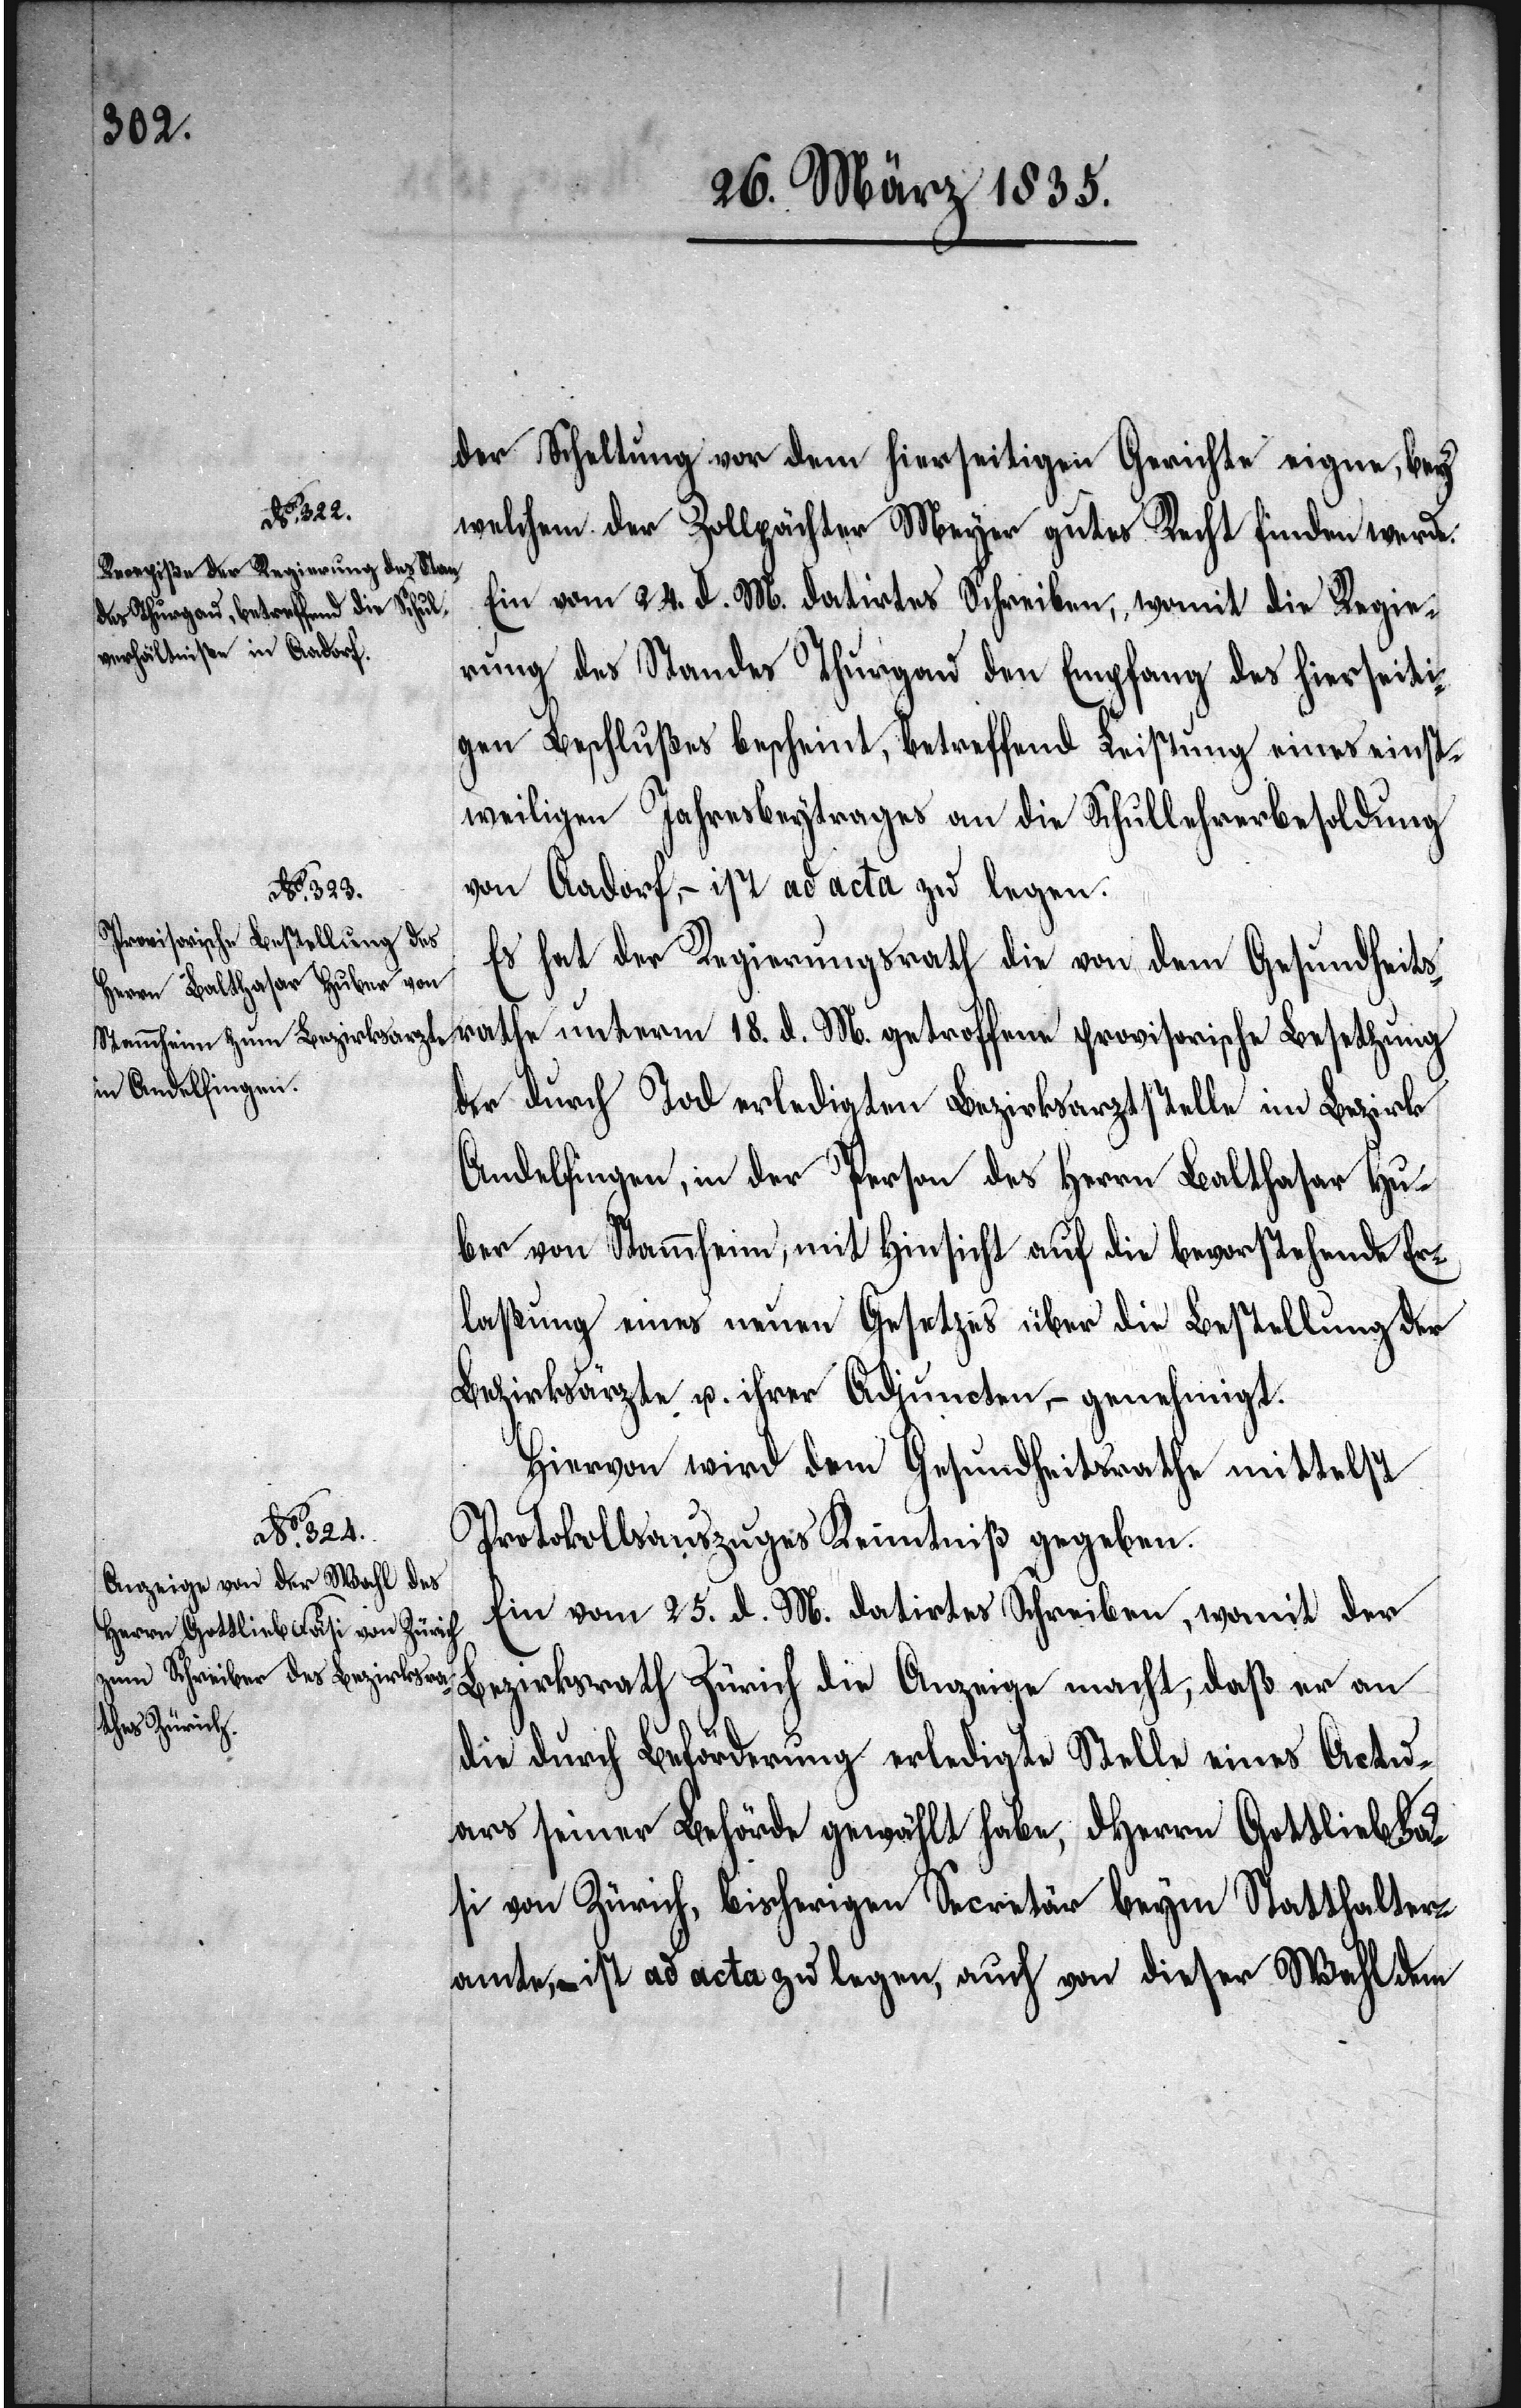
der Scheltung vor dem hierseitigen Gerichte eigne, bey
welchem der Zollpächter Meyer gutes Recht finden werde.
Ein vom 24. d. M. datirtes Schreiben, womit die Regie¬
rung des Standes Thurgau den Empfang des hierseiti¬
gen Beschlußes bescheint, betreffend Leistung eines einst¬
weiligen Jahresbeytrages an die Schullehrerbesoldung
von Aadorf, – ist ad acta zu legen.
18. d. M.
provisorische Besetzung de¬
Es hat der Regierungsrath die von dem Gesundheitsr¬
r durch Tod erledigten Bezirksarztstelle im Bezirk
Andelfingen, in der Person des Herrn Balthasar Hu¬
ber von Stammheim, mit Hinsicht auf die bevorstehende Er¬
laßung eines neuen Gesetzes über die Bestellung der
Bezirksärzte u. ihrer Adjuncten, – genehmigt.
Hiervon wird dem Gesundheitsrathe mittelst
Protokollsauszuges Kenntniß gegeben.
Ein vom 25. d. M. datirtes Schreiben, womit der
Bezirksrath Zürich die Anzeige macht, daß er an
athe unterm
die durch Beförderung erledigte Stelle eines Actu¬
ars seiner Behörde gewählt habe, dHerrn Gottlieb Fä¬
si von Zürich, bisheriger Secretär beym Statthalter¬
amt, ist ad acta zu legen, auch von dieser Wahl dem